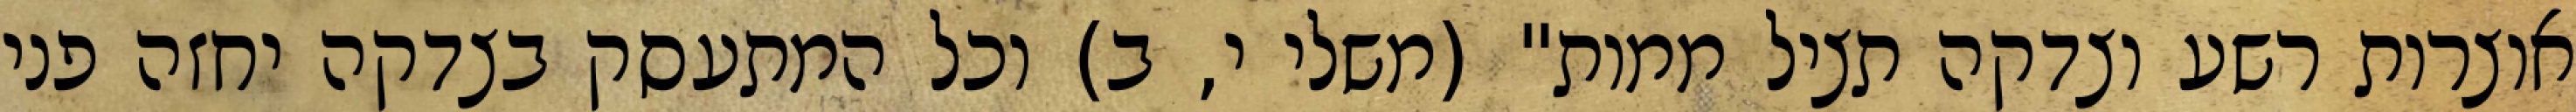
אוצרות רשע וצדקה תציל ממות" (משלי י, ב) וכל המתעסק בצדקה יחזה פני